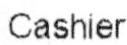
CASHIER